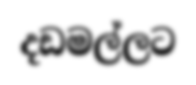
දඩමල්ලට